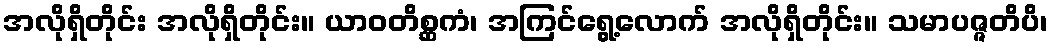
အလိုရှိတိုင်း အလိုရှိတိုင်း။ ယာဝတိစ္ဆကံ၊ အကြင်ရွေ့လောက် အလိုရှိတိုင်း။ သမာပဇ္ဇတိပိ၊